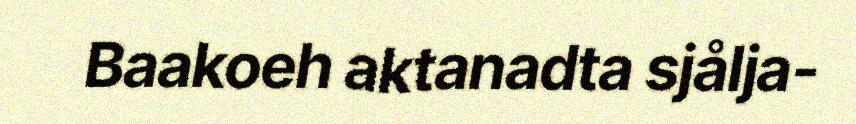
Baakoeh aktanadta sjålja-